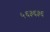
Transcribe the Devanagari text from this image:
५६३६३६